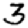
Digit: 3